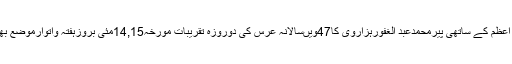
وزیرآباد(جی پی آئی)پاکستان کے عظیم مجاہد اورراہنماقائد اعظم کے ساتھی پیرمحمدعبد الغفورہزاروی کا47ویںسالانہ عرس کی دوروزہ تقریبات مورخہ14,15مئی بروزہفتہ واتوارموضع بھٹی کے شریف میںزیرانتظام محمدعارف ہزاروی آغازہوگا۔